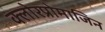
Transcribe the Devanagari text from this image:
क्लोरप्रोमाजिन